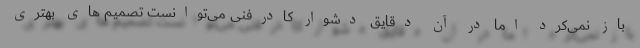
باز نمی‌کرد اما در آن دقایق دشوار کادرفنی می‌توانست تصمیم های بهتری